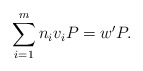
\begin{align*} \sum_{i=1}^{m} n_i v_iP=w'P.\end{align*}